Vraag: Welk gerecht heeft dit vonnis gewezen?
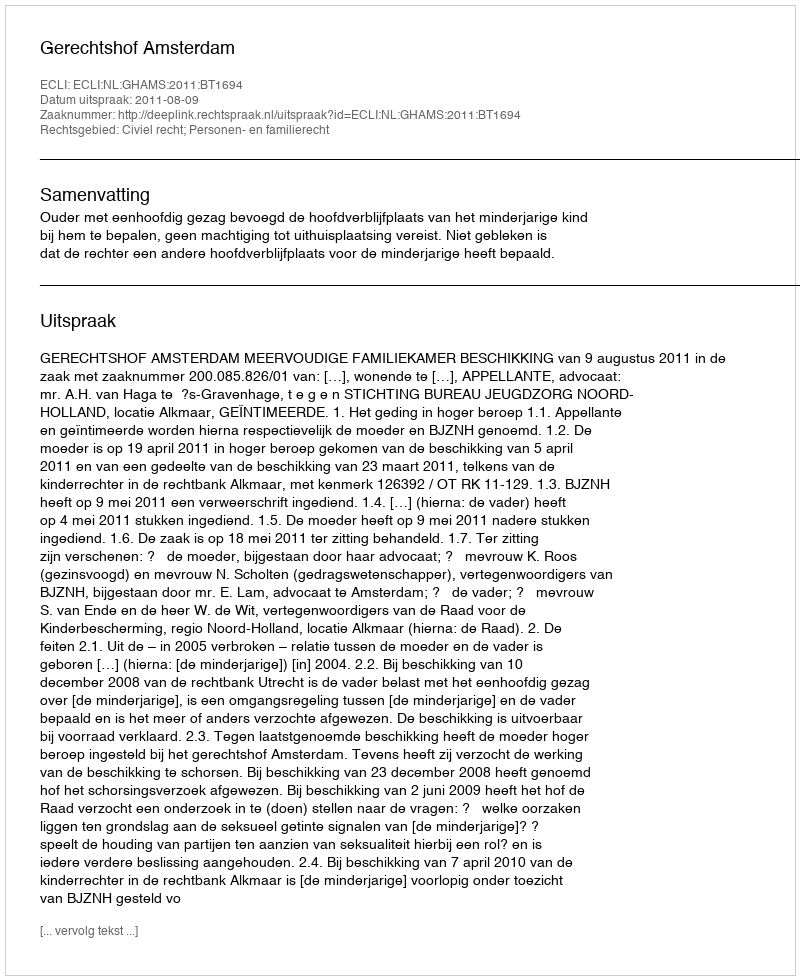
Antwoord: Gerechtshof Amsterdam